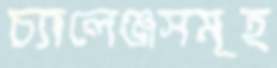
চ্যালেঞ্জসমূহ